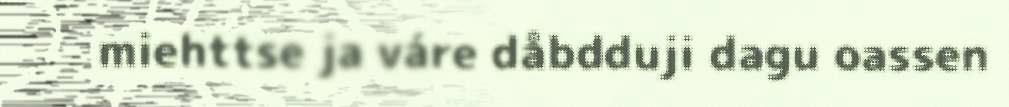
miehttse ja váre dåbdduji dagu oassen